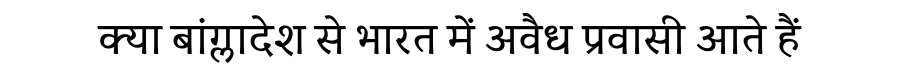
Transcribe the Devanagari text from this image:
क्या बांग्लादेश से भारत में अवैध प्रवासी आते हैं